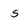
Character: 5